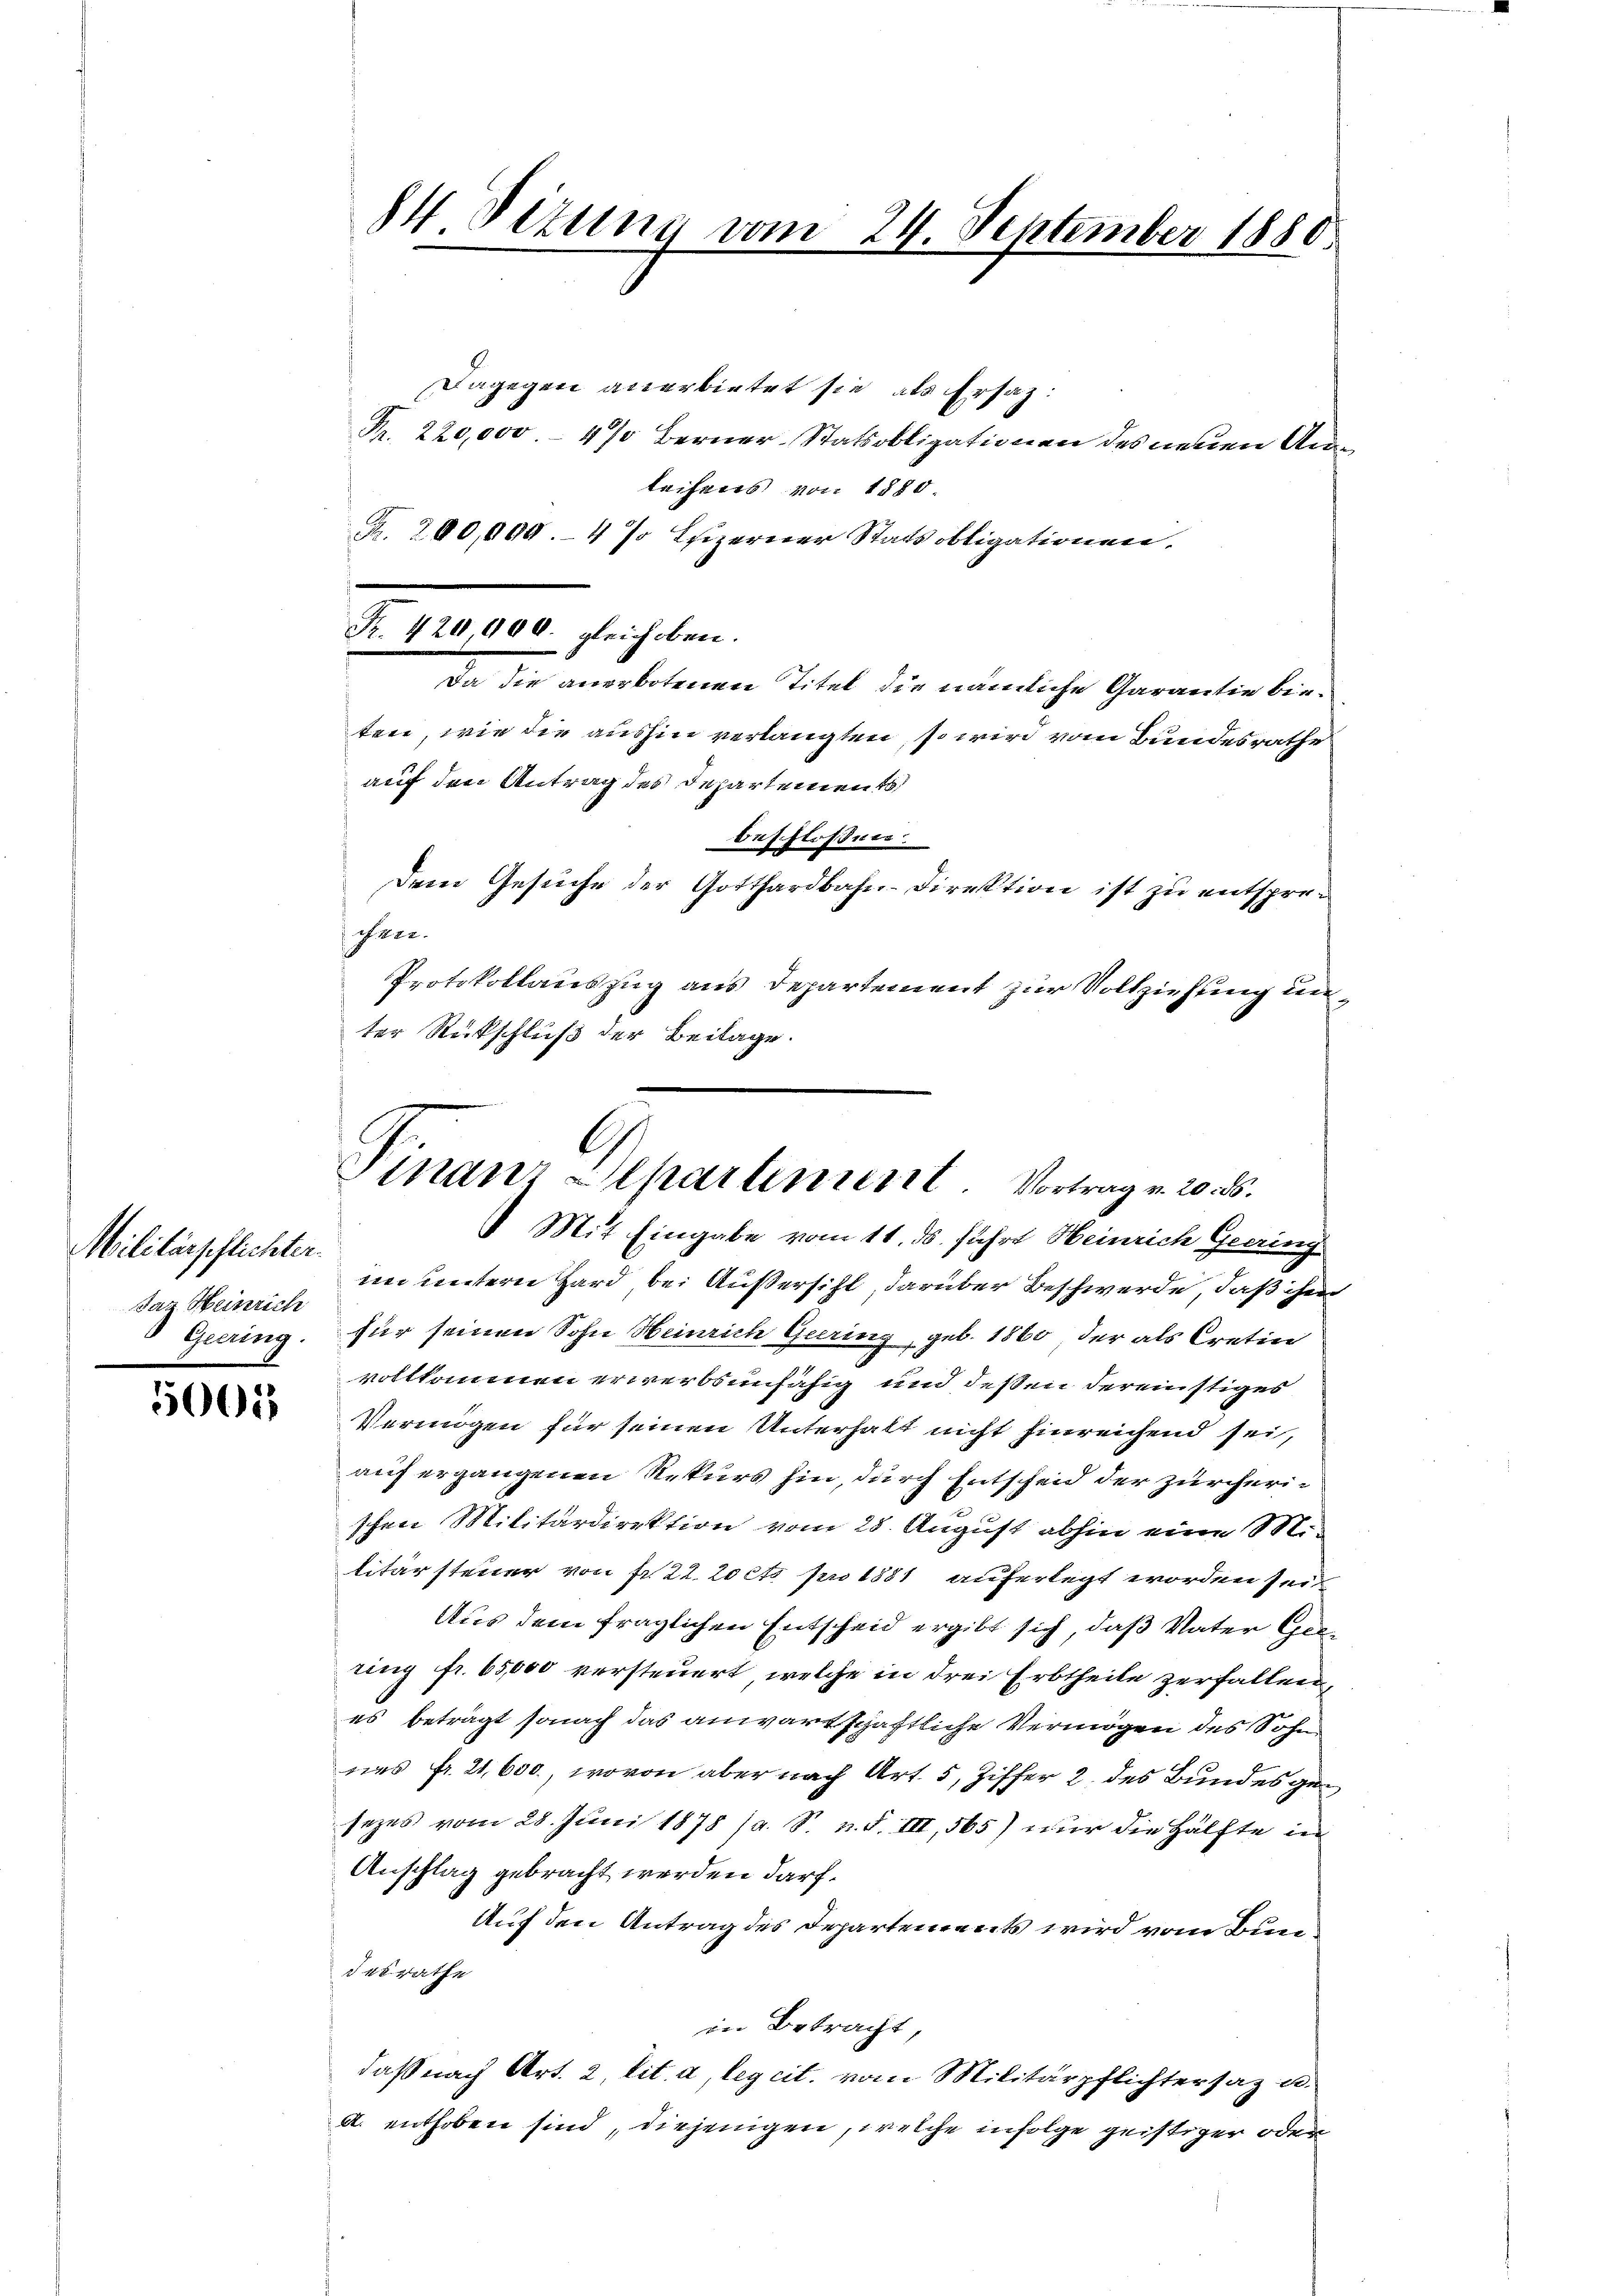
Militärpflichter.
Jaz Heinrich

5001

4 Titung vom 24. September 1880

Dagegen anerbietet sie, als Ersatz:
Pr. 220,000.- 4) Berner-Statsobligationen des neuen Ausleihens von 1880
B. 200,000.- 4 % Esizerner Stats obligationen.
Da die anerbotenen Titel die nämliche Garantie bieten, wie die aushin verlangten, so wird vom Bundesrathe
auf den Antrag des Departements
onsistofiner.
Dem Gesuche der Gotthardbahn-Direktion ist zu entspresch ver¬
Protokollauszug aus Departement zur Vollziehung unter Rückschluß der Beilage.
in untern Hard bei Außersihl, darüber Beschwerde, daß ihn
Geering, für seinen Sohn Heinrich Geering, geb. 1860, der als Cretine
vollkommen erwerbsunfähig und deßen dereinstiges
Vermögen für seinen Unterhalt nicht hinreichend sei,
auf ergangenen Rekurs hin, durch Entscheid der zürcherischen Militärdirektion vom 28. August abhin eine Mi
litärsteuer von fr. 22. 20 cto pro 1881 auferlegt worden seit
Aus dem fraglichen Entscheid ergibt sich, daß Vater Gelting fr. 65,000 versteuert, welche in drei Erbtheile zerfallen,
es beträgt sonach das anwartschaftliche Vermögen des Sohn
nes Fr. 21,600, wovon aber nach Art. 5, Ziffer 2. des Bundes gesezes vom 28. Juni 1878 (a. S. n. F. III, 565) nur die Hälfte in
Anschlag gebracht werden darf.
Auf den Antrag des Departements wird vom Bundesrathe
in Betracht,
daß nach Art. 2 lit. a, legeit. vom Militärpflichtersaz u.
A. enthoben sind, diejenigen, welche infolge geistiger oder

Fr. 420,900. gleich oben.

A
Vinanz Alpartinuit. Vortrag v. 20. ds.
 Mit Eingabe vom 11. ds. führt Heinrich Geering